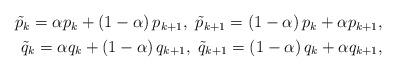
LaTeX: \begin{align*}\begin{aligned}\tilde{p}_{k}=\alpha p_k+\left(1-\alpha\right)p_{k+1},~\tilde{p}_{k+1}=\left(1-\alpha\right) p_k+\alpha p_{k+1},\\\tilde{q}_{k}=\alpha q_k+\left(1-\alpha\right)q_{k+1},~\tilde{q}_{k+1}=\left(1-\alpha\right) q_k+\alpha q_{k+1},\end{aligned}\end{align*}